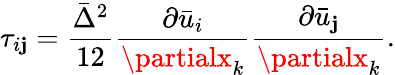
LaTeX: \tau_{i\mathbf{j}}=\frac{{\bar{{\Delta}}^{2}}}{{12}}\frac{{\partial\bar{{u}}_{i}}}{{\partialx_{k}}}\frac{{\partial\bar{{u}}_{\mathbf{j}}}}{{\partialx_{k}}}.